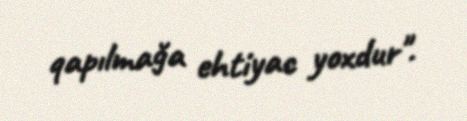
qapılmağa ehtiyac yoxdur".